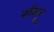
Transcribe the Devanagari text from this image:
पोंगतू